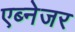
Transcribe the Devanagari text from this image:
एब्नेजर